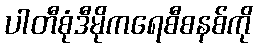
ပါတီစုံဒီမိုကရေစီစနစ်ကို